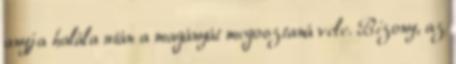
anyja halála után a magányát megosztaná vele. Bizony, az